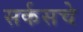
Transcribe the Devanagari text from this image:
सर्कसचे